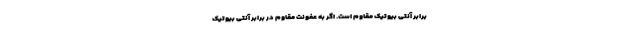
برابر آنتی بیوتیک مقاوم است. اگر به عفونت مقاوم در برابر آنتی بیوتیک